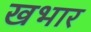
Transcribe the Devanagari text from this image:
खभार